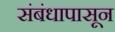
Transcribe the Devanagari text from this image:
संबंधापासून